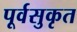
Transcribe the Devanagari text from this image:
पूर्वसुकृत